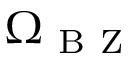
\Omega _ { \mathrm { ~ B ~ Z ~ } }